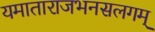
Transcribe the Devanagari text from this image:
यमाताराजभनसलगम्